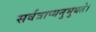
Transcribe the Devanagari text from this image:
सर्वत्राप्यनुभुयते।